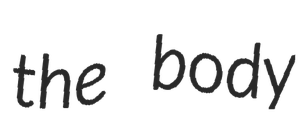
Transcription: the body